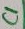
Text: C1